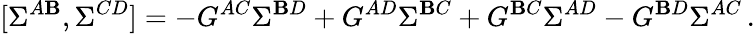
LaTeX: [\Sigma^{A\mathbf{B}},\Sigma^{CD}]=-G^{AC}\Sigma^{\mathbf{B}D}+G^{AD}\Sigma^{\mathbf{B}C}+G^{\mathbf{B}C}\Sigma^{AD}-G^{\mathbf{B}D}\Sigma^{AC}\, .